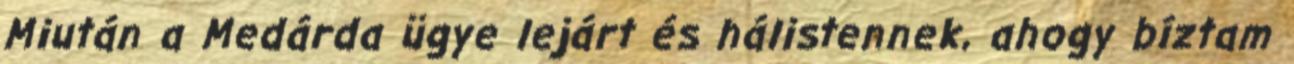
Miután a Medárda ügye lejárt és hálistennek, ahogy bíztam